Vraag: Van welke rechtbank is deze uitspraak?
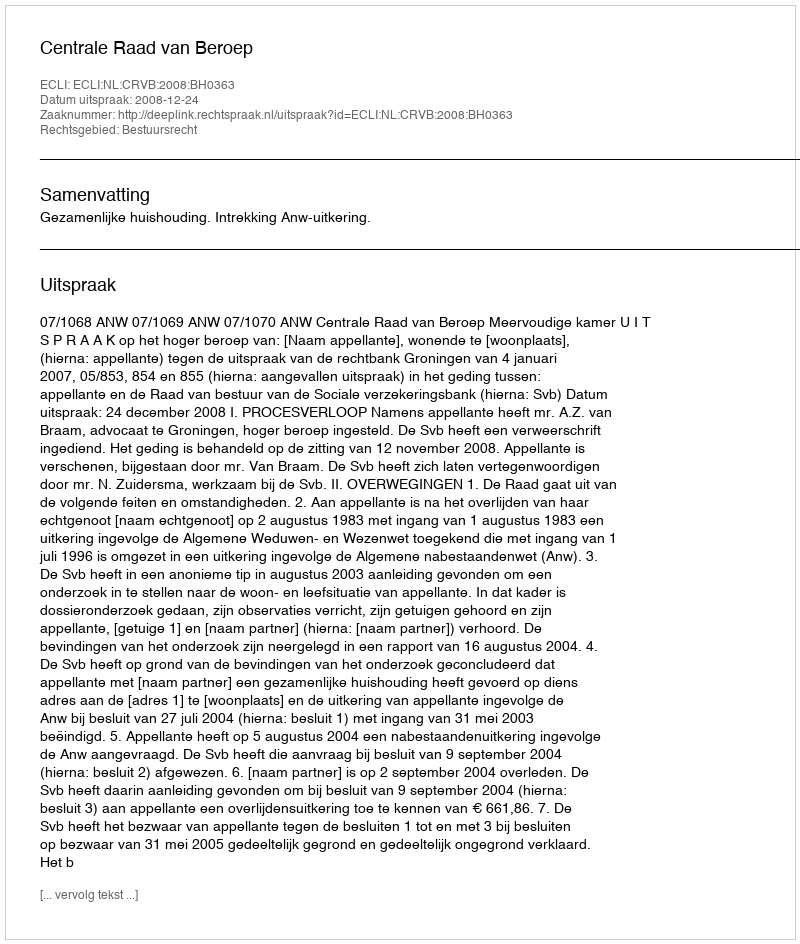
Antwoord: Centrale Raad van Beroep